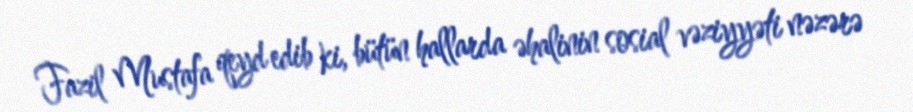
Fazil Mustafa qeyd edib ki, bütün hallarda əhalinin sosial vəziyyəti nəzərə